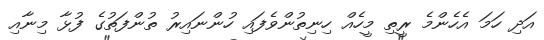
އަދި ހަމަ އެހެންމެ ރީތި މީހެއް ހިނިތުންވެފައި ހުންނައިރު ތުންފަތުގެ ފުޅާ މިނާއި